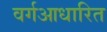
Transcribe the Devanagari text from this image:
वर्गआधारित